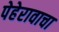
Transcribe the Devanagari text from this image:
पेहेरावाचा